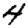
Digit: 4